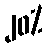
၂၀%